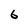
Character: 6